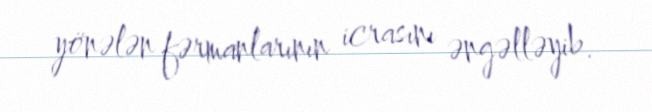
yönələn fərmanlarının icrasını əngəlləyib.